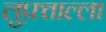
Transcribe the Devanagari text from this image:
लुफ़्ताल्ला